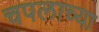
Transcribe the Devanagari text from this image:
चपलाच्या